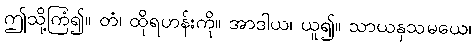
ဤသို့ကြံ၍။ တံ၊ ထိုရဟန်းကို။ အာဒါယ၊ ယူ၍။ သာယနှသမယေ၊